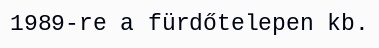
1989-re a fürdőtelepen kb.